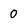
Character: 0